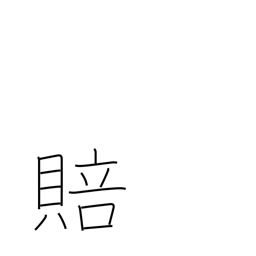
Meaning: compensation